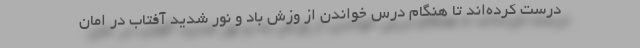
درست کرده‌اند تا هنگام درس خواندن از وزش باد و نور شدید آفتاب در امان